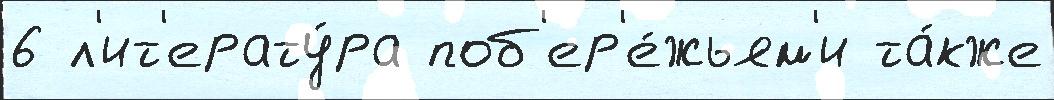
6 л'ит'ерату́ра поб'ер'е́жьям'и та́кже